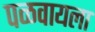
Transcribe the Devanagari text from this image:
पळवायला